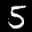
Label: 5